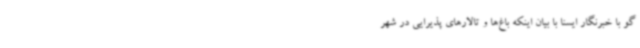
گو با خبرنگار ایسنا با بیان اینکه باغ‌ها و تالارهای پذیرایی در شهر